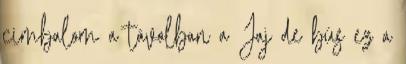
cimbalom a távolban a Jaj de bús ez a